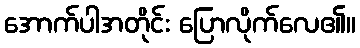
အောက်ပါအတိုင်း ပြောလိုက်လေ၏။